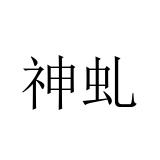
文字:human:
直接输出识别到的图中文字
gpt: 神虬